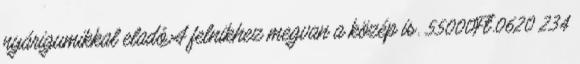
nyárigumikkal eladó.A felnikhez megvan a közép is. 55000Ft.0620 234